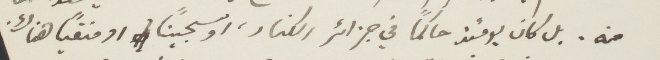
منه. بل كان يومئذ حاكمًا في جزائر الكنار، اوسجينًا او منفيًا هناك.